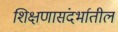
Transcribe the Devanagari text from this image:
शिक्षणासंदर्भातील